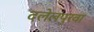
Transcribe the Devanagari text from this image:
दलेलपुरवा